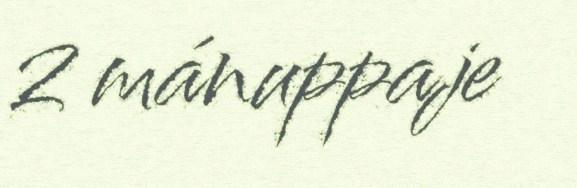
2 mánuppaje